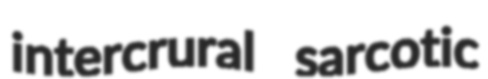
intercrural sarcotic